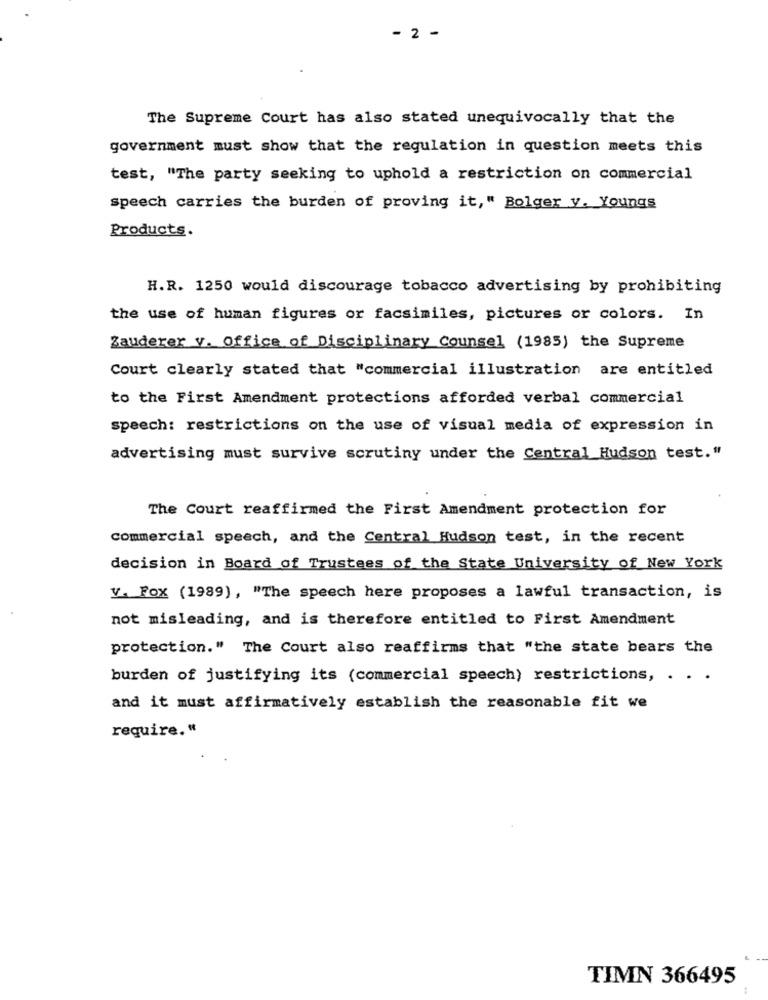
- 2 -
The Supreme Court has also stated unequivocally that the
government must show that the regulation in question meets this
test, "The party seeking to uphold a restriction on commercial
speech carries the burden of proving it, " Bolger y. Youngs
Products.
H.R. 1250 would discourage tobacco advertising by prohibiting
the use of human figures or facsimiles, pictures or colors. In
Zauderer v. Office of Disciplinary Counsel (1985) the Supreme
Court clearly stated that "commercial illustration are entitled
to the First Amendment protections afforded verbal commercial
speech: restrictions on the use of visual media of expression in
advertising must survive scrutiny under the Central Hudson test."
The Court reaffirmed the First Amendment protection for
commercial speech, and the Central Hudson test, in the recent
decision in Board of Trustees of the State University of New York
V. Fox (1989), "The speech here proposes a lawful transaction, is
not misleading, and is therefore entitled to First Amendment
protection." The Court also reaffirms that "the state bears the
burden of justifying its (commercial speech) restrictions, . . .
and it must affirmatively establish the reasonable fit we
require. "
TIMN 366495